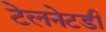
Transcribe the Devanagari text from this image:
टेलनेटडी